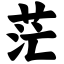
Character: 茫